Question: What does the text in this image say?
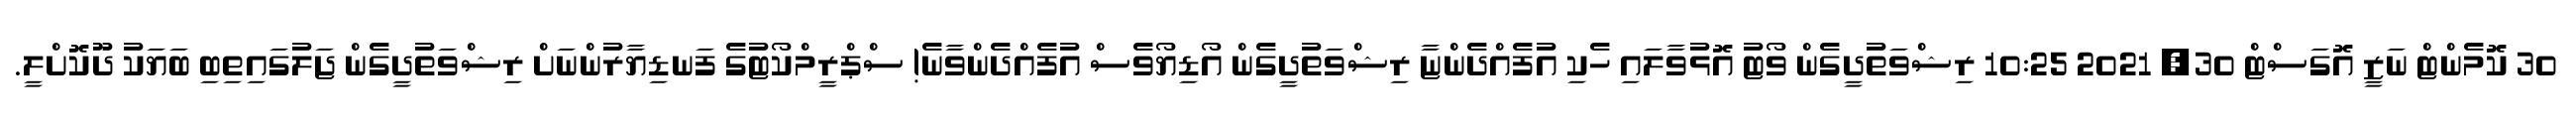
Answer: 30 ކޮމެންޓް ނަޒީ އޮގަސްޓް 30, 2021 10:25 ރިޝްވަތުދީގެން ވޯޓު އޮޅުވާލައި ހެކި އުފެއްދެންޏާ ރިޝްވަތުދީގެން އޯޑިޔޯވެސް އުފެއްދެންވާނެ! ސްޕްރީމްކޯޓުގެ ފަނޑިޔާރުންނަށް ރިޝްވަތުދީގެން ޖަލުގައިތިބި ބަޔަކު ދޫކޮށްލީ.